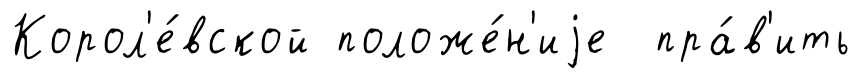
Корол'е́вской положе́н'иjе пра́в'ить